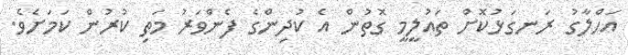
އަހްލާގު ރަނގަޅުކޮށް ތައުލީމީ ގޮތުން އެ ކުދިންގެ ފެންވަރު މަތި ކުރުން ކަމަށެވެ.